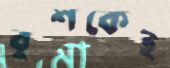
বুশকেই